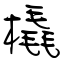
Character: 橇